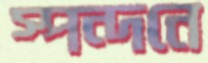
স্পন্দনে